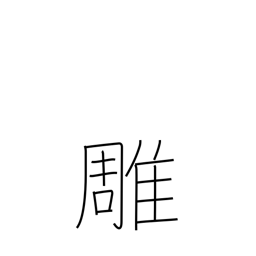
Meaning: carving